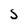
Character: 5